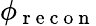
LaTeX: \phi_{\mathrm{~r~e~c~o~n~}}